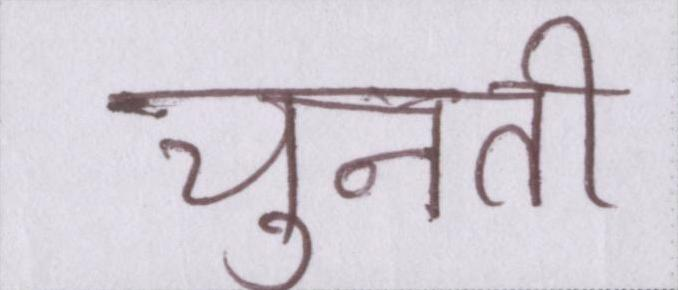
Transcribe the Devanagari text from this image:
चुनती